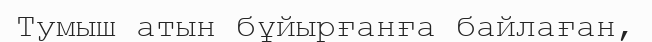
Тумыш атын бұйырғанға байлаған,